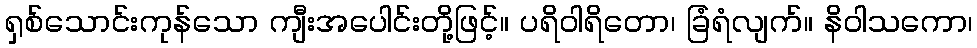
ရှစ်သောင်းကုန်သော ကျီးအပေါင်းတို့ဖြင့်။ ပရိဝါရိတော၊ ခြံရံလျက်။ နိဝါသကော၊